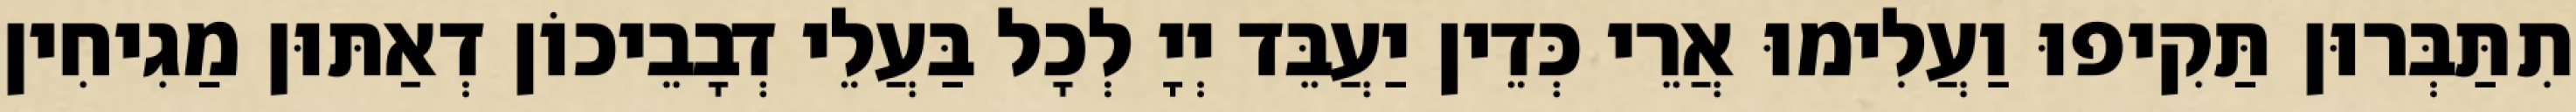
תִתַּבְּרוּן תַּקִיפוּ וַעֲלִימוּ אֲרֵי כְּדֵין יַעֲבֵּד יְיָ לְכָל בַּעֲלֵי דְבָבֵיכוֹן דְאַתּוּן מַגִיחִין